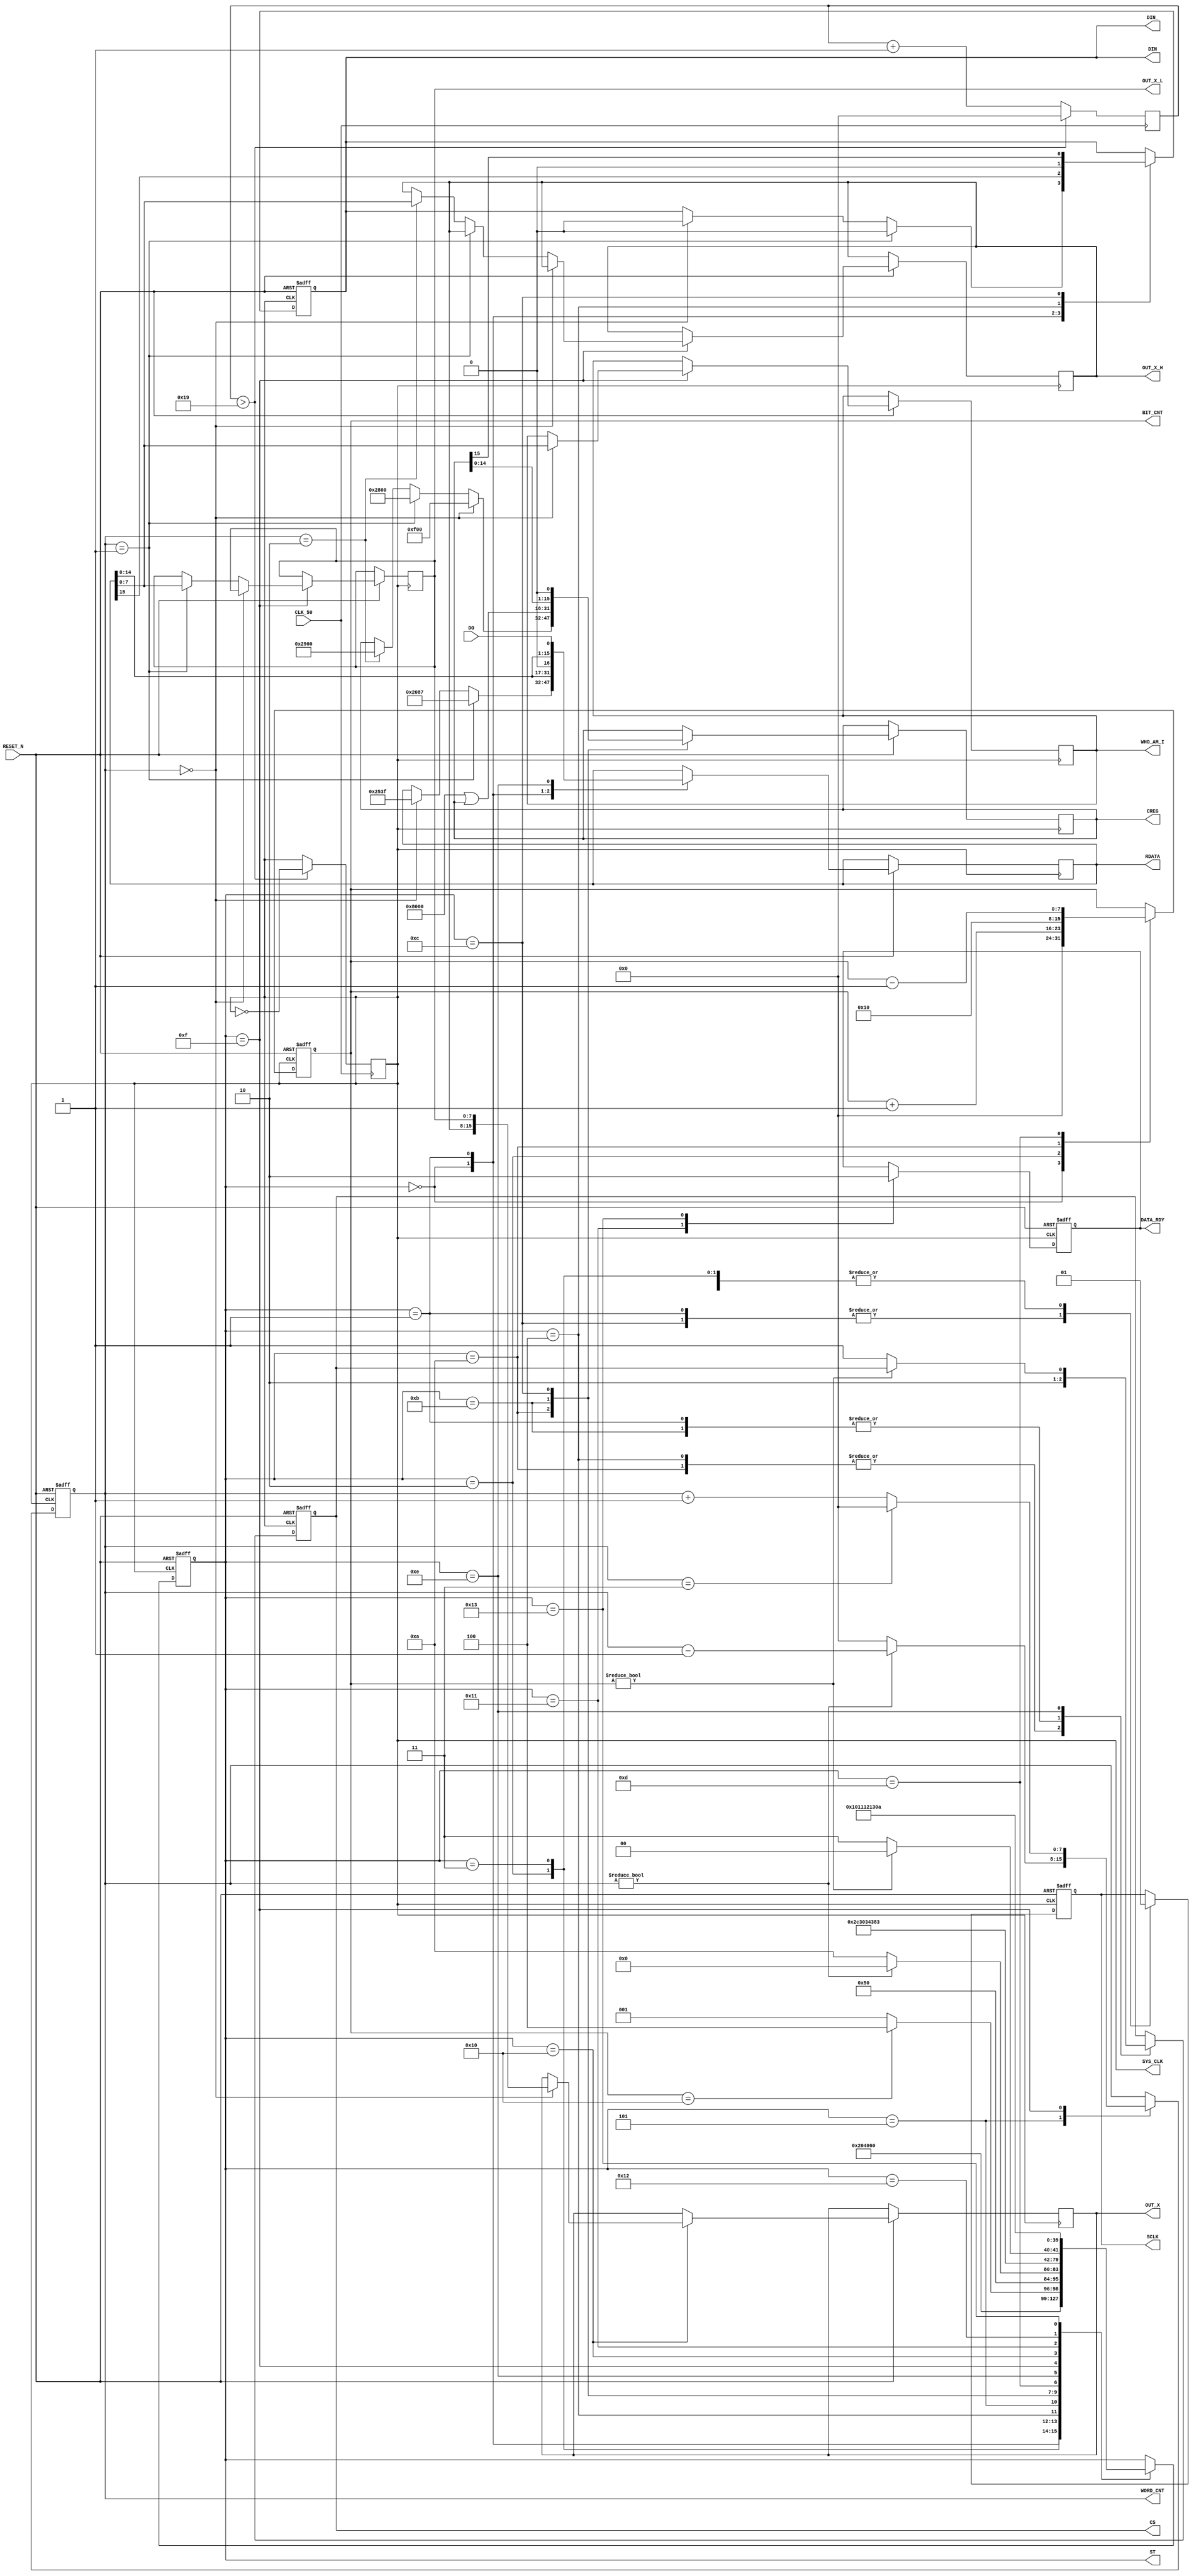
module  SPI_CTL (
 input         RESET_N , 
 input         CLK_50 , 
 output reg [15:0] OUT_X ,//twos complement left-justified.\
 output reg [7:0] WHO_AM_I ,
 output reg [7:0] OUT_X_L  ,
 output reg [7:0] OUT_X_H  ,

 output reg CS ,
 output reg SCLK,
 output reg DIN ,
 input      DO ,
 output reg DATA_RDY ,
 
 //--test
 output reg SYS_CLK  ,  
 output reg [7:0]ST  ,
 output reg [7:0]BIT_CNT ,
 output reg [7:0]WORD_CNT ,
 output reg  [15:0] RDATA ,
 output reg  [15:0] CREG  , 
 output DIN_  
 );

 //-- 25MHZ --
 reg [7:0] CC; 
 always @( posedge CLK_50 ) begin 
	if  ( CC > 25  ) begin SYS_CLK <=~SYS_CLK ;   CC <=0; end
	else  CC <=CC+1 ;
end	
 
 assign  DIN_ = DIN ;  
 
 //--FSM--
 // --WRITE SETTING --   
 parameter INT2_CFG  = 16'h253F ; 
 parameter CTRL_REG1 = 16'h2087 ;
 
// parameter W_CREG_H = 16'h2900 ; 
// parameter W_CREG_L = 16'h2800 ; 

// --READ POINTER --   
 parameter R_WHO_AM_I = 16'h0F00 ; 
 parameter R_OUT_X_L  = 16'h2800; 
 parameter R_OUT_X_H  = 16'h2900;
 


 
 always @( negedge RESET_N or posedge SYS_CLK ) begin 
 if ( !RESET_N) begin 
   ST    <=0;
	CS    <=1; 
	SCLK  <=1;  
	DIN   <=0 ;  	 
	BIT_CNT   <=0; 
	WORD_CNT  <=1;  //write 
   DATA_RDY  <=0; 
  end
 else begin 
  case (ST)
  // --- WRITE ---- 
  0: begin 
           if ( WORD_CNT ==1 ) { DIN , RDATA[15:0] }   <=   {   1'b0  ,  CTRL_REG1   } ;
		else if ( WORD_CNT ==0 ) { DIN , RDATA[15:0] }   <=   {   1'b0  ,  INT2_CFG    } ; 
	  	BIT_CNT   <=0; 
      ST<=1 ;  
  end
  1: begin 
     SCLK  <=0;; 
     { DIN , RDATA[15:0] }   <= { RDATA[15:0] ,1'b0 } ;	  
	  CS  <=0; 
	  ST<= 2; 
  end
  2: begin 
     SCLK  <=1;	  
	  BIT_CNT   <=BIT_CNT+1; 
	  ST<= 3; 
   end
  3: begin 
     SCLK  <=1;	  
	  if  ( BIT_CNT==16) begin 
	  
	       ST<=4  ;  
		 end 
	  else  ST<=1 ;  
  end
  4: begin 
     ST  <=5 ;  	
	  CS  <=1; 
	  DIN <=0 ;
  end  
  5: begin 
     if (  WORD_CNT !=0   ) begin  
	      WORD_CNT <=  WORD_CNT -1  ; 
			ST       <= 0 ;
     end
     else begin 	  			
        ST <=10 ; 
	     WORD_CNT <= 0  ; 
	  end
  end  
  
   // ----- READ ------
	
10:begin 
       ST  <=11;
		 CS  <= 1; 
		 SCLK  <=1;
		 BIT_CNT   <=16;  
		 
        if ( WORD_CNT == 0 ) begin  CREG   <=  R_WHO_AM_I ; end	 
  else  if ( WORD_CNT == 1 ) begin  CREG   <=  R_OUT_X_L  ;   end 
  else  if ( WORD_CNT == 2 ) begin  CREG   <=  R_OUT_X_H  ;   end   
  end 
11:begin 
       CREG   <=  16'h8000 | CREG  ;
       CS     <=0; 
       ST     <=12;
  end 
12:begin 
       SCLK  <=0;
       { DIN ,CREG[15:0]} <= {CREG[15:0], 1'b0} ;
//        RDATA[15:0]   <= {RDATA[14:0], DO} ; 		
       ST<=13;
  end 
13:begin 
      SCLK  <=1;
      BIT_CNT   <=BIT_CNT-1;
      ST    <=14;
  end 
14:begin 
      RDATA[15:0] <= {RDATA[14:0], DO} ;       
      if ( BIT_CNT!=0) ST<=12 ; 
      else begin 
		   ST<=15 ; CS  <=1; 
		end	
  end 
  
15:begin 
        ST<=16 ; 
	     if ( WORD_CNT == 3 )    WORD_CNT  <= 0;
		  else WORD_CNT  <=WORD_CNT + 1 ;
				
            if ( WORD_CNT ==0 ) WHO_AM_I <= RDATA[7:0] ;       
		else  if ( WORD_CNT ==1 ) OUT_X_L  <= RDATA[7:0] ;       
		else  if ( WORD_CNT ==2 ) OUT_X_H  <= RDATA[7:0] ;       
		
  end 
16:begin 
        ST<=17 ; 
	     if ( WORD_CNT == 0 )    OUT_X <= { OUT_X_H[7:0] ,OUT_X_L[7:0] } ;
	 end
	 
17:begin 
        ST<=18 ; 
	     DATA_RDY <=1 ; 
	 end
18:begin 
        ST<=19 ; 
	 end
19:begin 
        ST<=10; 
	     DATA_RDY <=0 ; 
	end
	 
	 
  endcase 
 
  end
 end

 endmodule